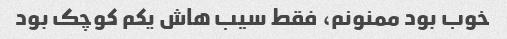
خوب بود ممنونم، فقط سیب هاش یکم کوچک بود